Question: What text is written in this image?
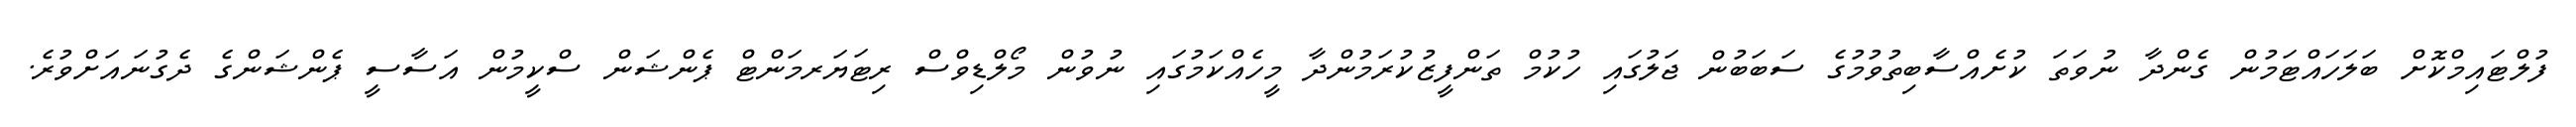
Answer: ފުލްޓައިމްކޮށް ބަލަހައްޓަމުން ގެންދާ ނުވަތަ ކުށެއްސާބިތުވުމުގެ ސަބަބުން ޖަލުގައި ހުކުމް ތަންފީޒުކުރަމުންދާ މީހެއްކަމުގައި ނުވުން މޯލްޑިވްސް ރިޓަޔަރމަންޓް ޕެންޝަން ސްކީމުން އަސާސީ ޕެންޝަންގެ ދެގުނައަށްވުރެ.